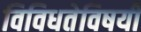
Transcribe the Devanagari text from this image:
विविधतेविषयी